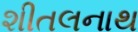
શીતલનાથ